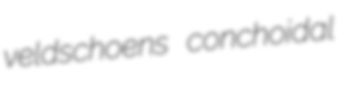
veldschoens conchoidal